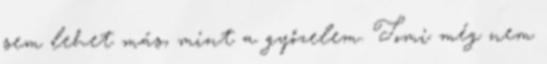
sem lehet más, mint a győzelem. Tomi még nem